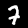
Digit: 7